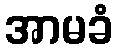
အာမခံ